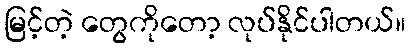
မြင့်တဲ့ တွေကိုတော့ လုပ်နိုင်ပါတယ်။